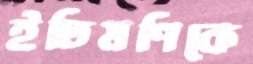
ইতিমণিকে